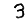
Digit: 3